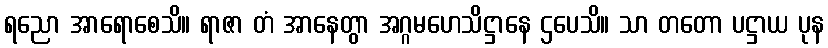
ရညော အာရောစေသိ။ ရာဇာ တံ အာနေတွာ အဂ္ဂမဟေသိဋ္ဌာနေ ဌပေသိ။ သာ တတော ပဋ္ဌာယ ပုန